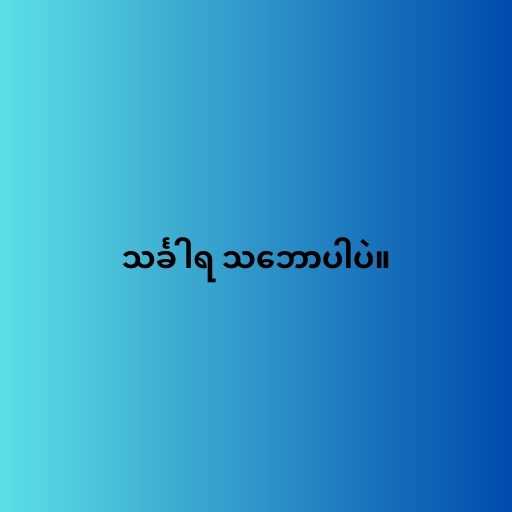
သင်္ခါရ သ‌ဘောပါပဲ။